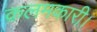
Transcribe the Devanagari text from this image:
क़लमकारी।